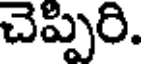
చెప్పిరి.